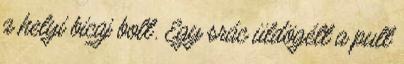
a helyi bicaj bolt. Egy srác üldögélt a pult